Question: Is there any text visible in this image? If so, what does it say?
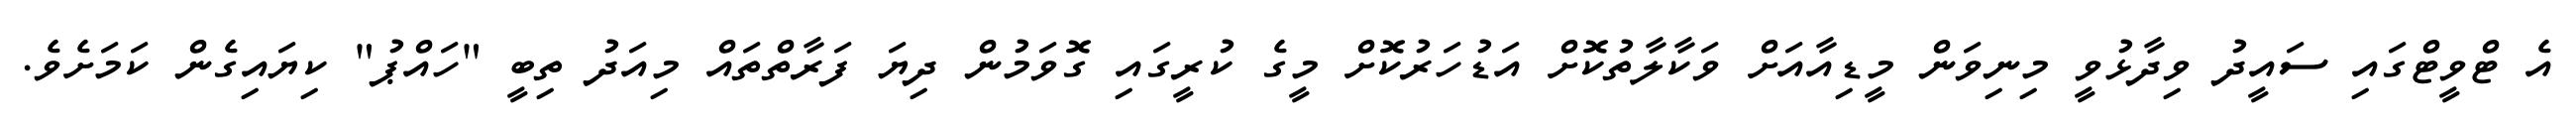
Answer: އެ ޓްވީޓްގައި ސައީދު ވިދާޅުވީ މިނިވަން މީޑިއާއަށް ވަކާލާތުކޮށް އަޑުހަރުކޮށް މީގެ ކުރީގައި ގޮވަމުން ދިޔަ ފަރާތްތައް މިއަދު ތިބީ "ހައްޕު" ކިޔައިގެން ކަމަށެވެ.